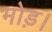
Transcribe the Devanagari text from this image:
मोड़।